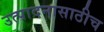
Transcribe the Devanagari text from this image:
उत्पादनासाठीच